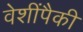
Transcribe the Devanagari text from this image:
वेशींपैकी